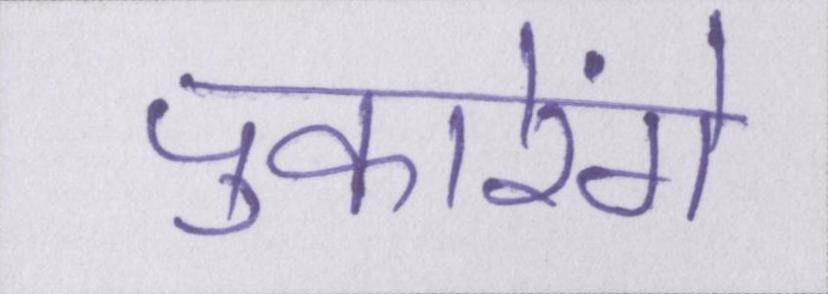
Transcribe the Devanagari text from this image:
पुकारेंगे